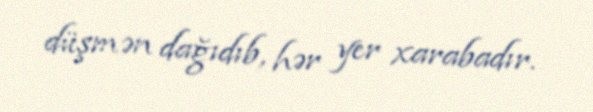
düşmən dağıdıb, hər yer xarabadır.